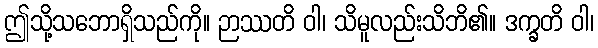
ဤသို့သဘောရှိသည်ကို။ ဉာဿတိ ဝါ၊ သိမူလည်းသိဘိ၏။ ဒက္ခတိ ဝါ၊